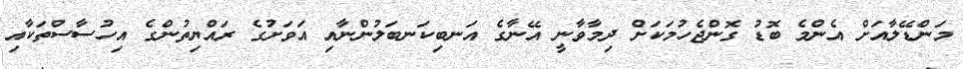
މަންޑޭލާއަށް އެންމެ ބޮޑު ގޮންޖެހުމަކަށް ދިމާވާނީ އޭނާގެ އަނބިކަނބަލުންނާއި އަވަށުގެ ރައްޔިތުންގެ އިހުސާސްތަކާއި